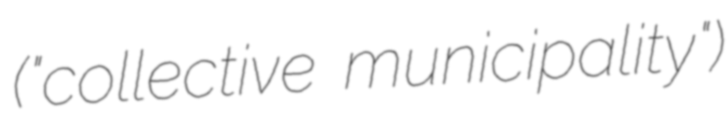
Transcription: ("collective municipality")